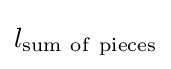
l_{\mathrm {sum~of~pieces} }